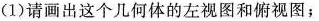
(1)请画出这个几何体的左视图和俯视图；